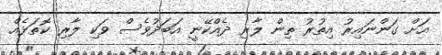
އަށް ގަންނައިރު އިތުރު ތިން ލާރި ދެއްކޭނީ އަބަދުވެސް ވަކި ލާރި ކޮތަޅެއް